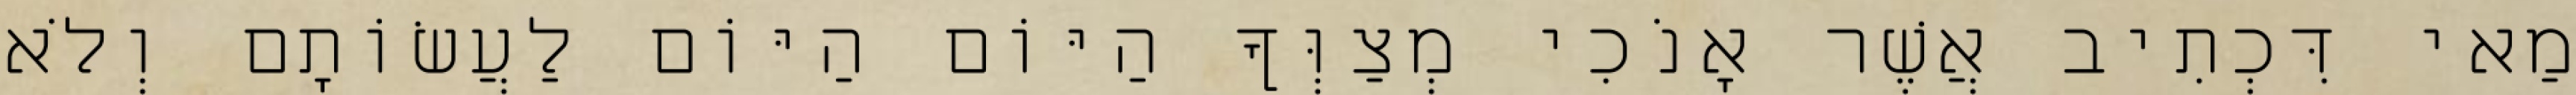
מַאי דִּכְתִיב אֲשֶׁר אָנֹכִי מְצַוְּךָ הַיּוֹם הַיּוֹם לַעֲשׂוֹתָם וְלֹא